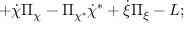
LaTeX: + \dot { \chi } \Pi _ { \chi } - \Pi _ { \chi ^ { * } } \dot { \chi } ^ { * } + \dot { \xi } \Pi _ { \xi } - L ;